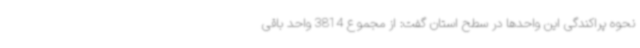
نحوه پراکندگی این واحدها در سطح استان گفت: از مجموع 3814 واحد باقی